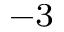
^ { - 3 }